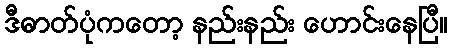
ဒီဓာတ်ပုံကတော့ နည်းနည်း ဟောင်းနေပြီ။